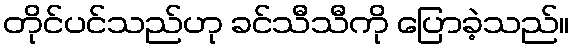
တိုင်ပင်သည်ဟု ခင်သီသီကို ပြောခဲ့သည်။